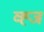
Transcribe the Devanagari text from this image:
व्ह्ज